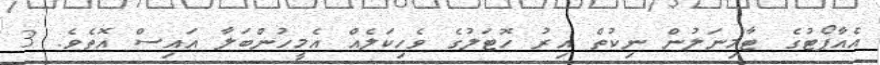
އެއާޕޯޓުގެ ޓާމިނަލުން ނިކުތް އިރު ހޮޓަލުގެ ވެހިކަލެއް އެމީހުންބަލާ އައިސް އޮތެވެ. 3